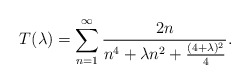
\begin{align*}T(\lambda)=\sum_{n=1}^{\infty}\frac{2n}{n^4+\lambda n^2+\frac{ (4+\lambda)^2}{4}}.\end{align*}